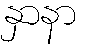
နှာနာ